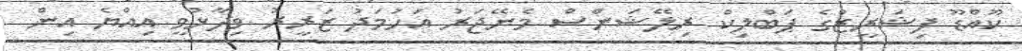
ކޫއްޑޫ ފިޝަރީޒްގެ ޕަބްލިކް ރިލޭޝަންސް މެނޭޖަރު އަހުމަދު ޒަރީރު ވިދާޅުވީ އިއްޔެ އިން